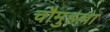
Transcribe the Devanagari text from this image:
चौमुहल्ला